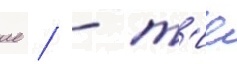
ие / - т'ие